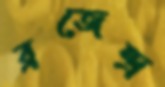
ব্রজেন্দ্র